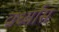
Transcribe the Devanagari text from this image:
वर्ध्यास